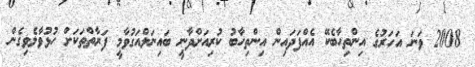
2008 ވަނަ އަހަރުގެ އިންތިހާބެކޭ އެއްފަދައިން އިންތިހާބު ކުރިއަށްދާނީ ބައިނަލްއަގުވާމީ ފަރާތްތަކަށް ހުޅުވާލެވިގެން